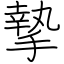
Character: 摯